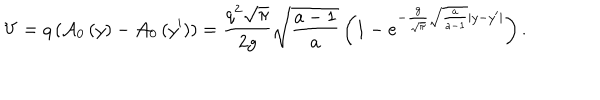
V = q \left( { { \cal A } _ { 0 } \left( y \right) - { \cal A } _ { 0 } \left( { y ^ { \prime } } \right) } \right) = \frac { { q ^ { 2 } \sqrt \pi } } { { 2 g } } \sqrt { \frac { a - 1 } { { a } } } \left( { 1 - e ^ { - \frac { g } { { \sqrt \pi } } \sqrt { \frac { a } { { a - 1 } } } | y - y ^ { \prime } | } } \right) .